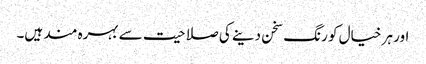
اور ہر خیال کو رنگ سخن دینے کی صلاحیت سے بہرہ مند ہیں۔